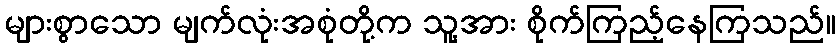
များစွာသော မျက်လုံးအစုံတို့က သူ့အား စိုက်ကြည့်နေကြသည်။